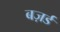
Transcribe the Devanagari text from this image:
बज़र्ड